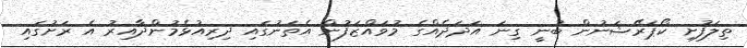
ތިލަފުށި ކޯޕަރޭޝަނުން ބުނީ ގިނަ އަދަދެއްގެ މުވައްޒަފުން އެތަނުގައި ދިރިއުޅެމުންދާއިރު އެ ރަށުގައި